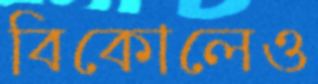
বিকোলেও